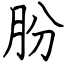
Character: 朌